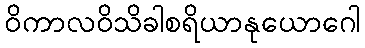
ဝိကာလဝိသိခါစရိယာနုယောဂေါ